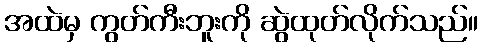
အထဲမှ ကွတ်ကီးဘူးကို ဆွဲထုတ်လိုက်သည်။